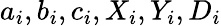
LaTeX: a_{i},b_{i},c_{i},X_{i},Y_{i},D_{i}